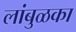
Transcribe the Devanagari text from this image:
लांबुळका